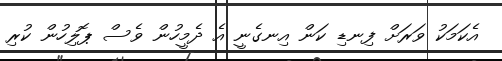
އެކަަމަކު ވަރަށް ފިނޑި ކަން އިނގެނީ އެ ދެމީހުން ވެސް ޕޮލިހުން ކުރި